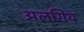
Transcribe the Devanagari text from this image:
अलगिय